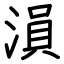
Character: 溳